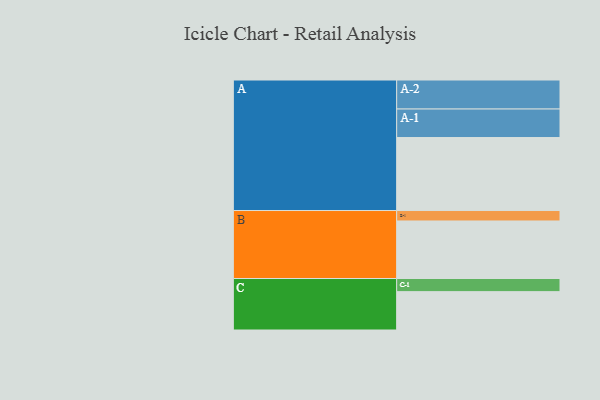
{"axis": {"x": "Segment", "y": "Value"}, "legend": ["", "A", "B", "C"], "data": [{"x": "A", "y": 594, "type": ""}, {"x": "B", "y": 468, "type": ""}, {"x": "C", "y": 312, "type": ""}, {"x": "A-1", "y": 232, "type": "A"}, {"x": "A-2", "y": 236, "type": "A"}, {"x": "B-1", "y": 85, "type": "B"}, {"x": "C-1", "y": 107, "type": "C"}]}